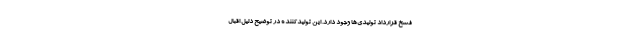
فسخ قرارداد تولیدی‌ها وجود دارد. این تولیدکننده در توضیح دلیل اقبال